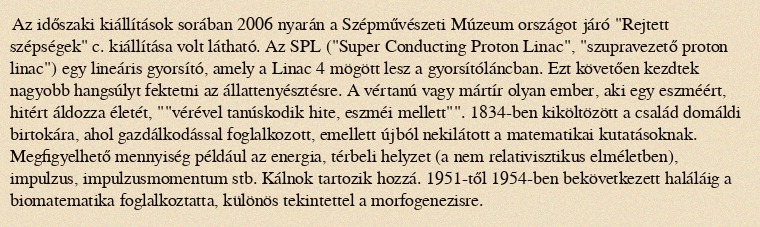
Az időszaki kiállítások sorában 2006 nyarán a Szépművészeti Múzeum országot járó "Rejtett szépségek" c. kiállítása volt látható. Az SPL ("Super Conducting Proton Linac", "szupravezető proton linac") egy lineáris gyorsító, amely a Linac 4 mögött lesz a gyorsítóláncban. Ezt követően kezdtek nagyobb hangsúlyt fektetni az állattenyésztésre. A vértanú vagy mártír olyan ember, aki egy eszméért, hitért áldozza életét, ""vérével tanúskodik hite, eszméi mellett"". 1834-ben kiköltözött a család domáldi birtokára, ahol gazdálkodással foglalkozott, emellett újból nekilátott a matematikai kutatásoknak. Megfigyelhető mennyiség például az energia, térbeli helyzet (a nem relativisztikus elméletben), impulzus, impulzusmomentum stb. Kálnok tartozik hozzá. 1951-től 1954-ben bekövetkezett haláláig a biomatematika foglalkoztatta, különös tekintettel a morfogenezisre.